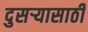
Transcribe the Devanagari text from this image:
दुसर्‍यासाठी